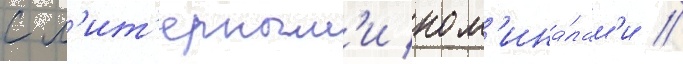
с л'ит'ерным'и ном'ина́лам'и //